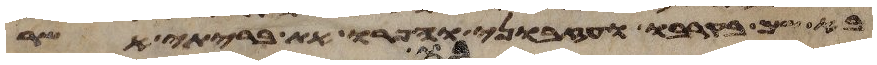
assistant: בא שמה בקרבו ועזבוני והפרו את בריתי אשר